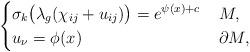
LaTeX: \begin{align*}\left\{\begin{aligned}&\sigma_k\big(\lambda_g(\chi_{ij} + u_{ij})\big) = e^{\psi(x) + c} &&\; M, \\ &u_\nu = \phi(x) && \; \partial M, \end{aligned}\right.\end{align*}